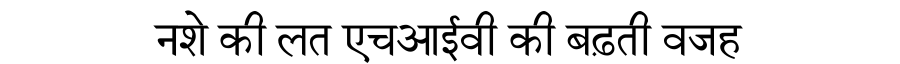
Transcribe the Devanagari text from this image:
नशे की लत एचआईवी की बढ़ती वजह